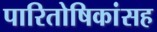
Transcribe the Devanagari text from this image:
पारितोषिकांसह